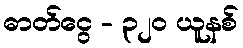
ဓာတ်ငွေ - ၃၂၀ ယူနစ်